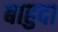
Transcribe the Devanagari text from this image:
बाहुदा